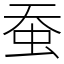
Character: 蚕